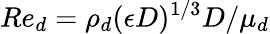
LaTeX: Re_{d}=\rho_{d}(\epsilon D)^{1/3}D/\mu_{d}